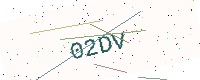
Text: 02DV